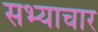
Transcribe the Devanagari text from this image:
सभ्याचार